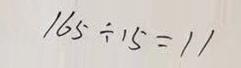
1 6 5 \div 1 5 = 1 1